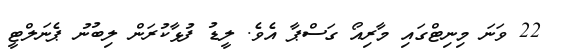
22 ވަނަ މިނިޓްގައި މާރިއޯ ގަސްޕާ އެވެ. ލީޑު ފުޅާކުރަން ލިބުނު ޕެނަލްޓީ